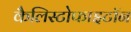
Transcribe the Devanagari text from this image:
कैलिस्टोफाइटॉन